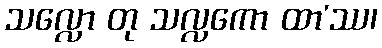
သလ္လော တု သလ္လကော ထာ’ဿ၊